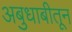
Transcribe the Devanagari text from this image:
अबुधाबीतून